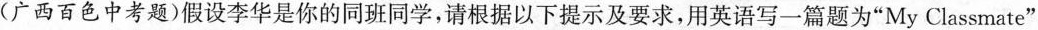
(广西百色中考题)假设李华是你的同班同学，请根据以下提示及要求，用英语写一篇题为”My Classmate”